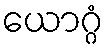
ယောဂ္ဂံ